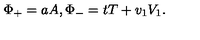
\Phi _ { + } = a A , \Phi _ { - } = t T + v _ { 1 } V _ { 1 } .